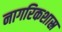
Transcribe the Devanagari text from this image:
नागरिकशास्र